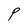
Character: P